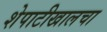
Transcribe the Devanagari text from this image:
शेपाटीखालचा